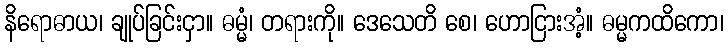
နိရောဓာယ၊ ချုပ်ခြင်းငှာ။ ဓမ္မံ၊ တရားကို။ ဒေသေတိ စေ၊ ဟောငြားအံ့။ ဓမ္မကထိကော၊